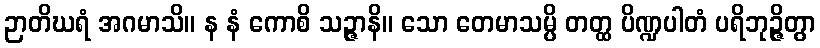
ဉာတိဃရံ အဂမာသိ။ န နံ ကောစိ သဉ္ဇာနိ။ သော တေမာသမ္ပိ တတ္ထ ပိဏ္ဍပါတံ ပရိဘုဉ္ဇိတွာ